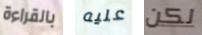
بالقراءة عليه لكن